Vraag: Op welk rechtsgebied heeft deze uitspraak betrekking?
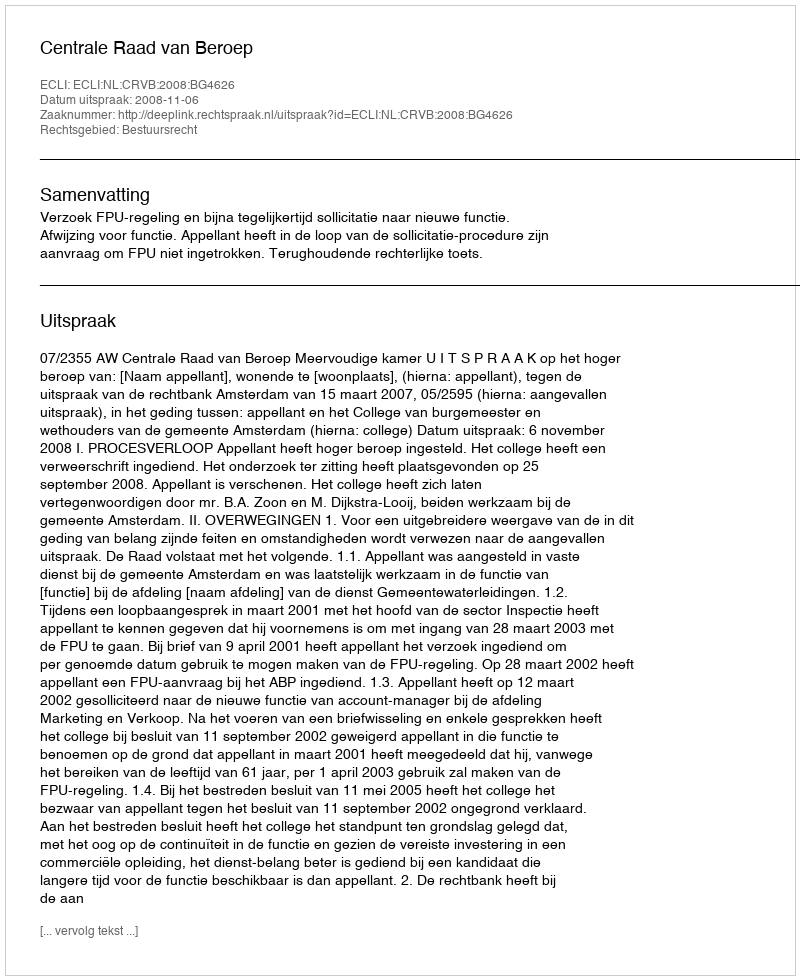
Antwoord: Bestuursrecht